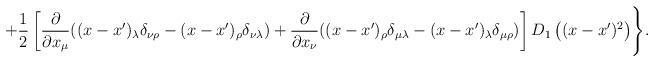
LaTeX: \begin{align*}+\frac12\left[\frac{\partial}{\partial x_\mu}((x-x')_\lambda\delta_{\nu\rho}-(x-x')_\rho\delta_{\nu\lambda})+\frac{\partial}{\partial x_\nu}((x-x')_\rho\delta_{\mu\lambda}-(x-x')_\lambda\delta_{\mu\rho})\right]D_1\left((x-x')^2\right)\Biggr\}.\end{align*}